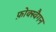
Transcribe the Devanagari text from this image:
फ़ोक्स्वैगन